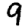
Digit: 9